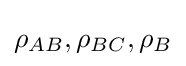
\rho _{AB},\rho _{BC},\rho _{B}